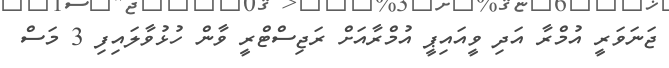
ޖަނަވަރީ އުމްރާ އަދި ވީއައިޕީ އުމްރާއަށް ރަޖިސްޓްރީ ވާން ހުޅުވާލައިފި 3 މަސް